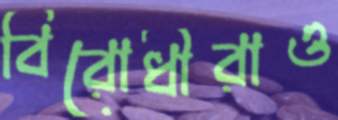
বিরোধীরাও